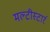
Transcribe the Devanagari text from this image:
मल्टीस्टार्र